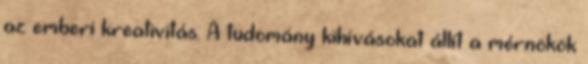
az emberi kreativitás. A tudomány kihívásokat állít a mérnökök